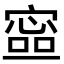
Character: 𡪕